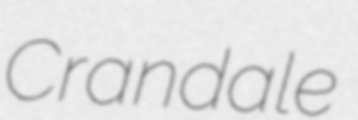
Crandale